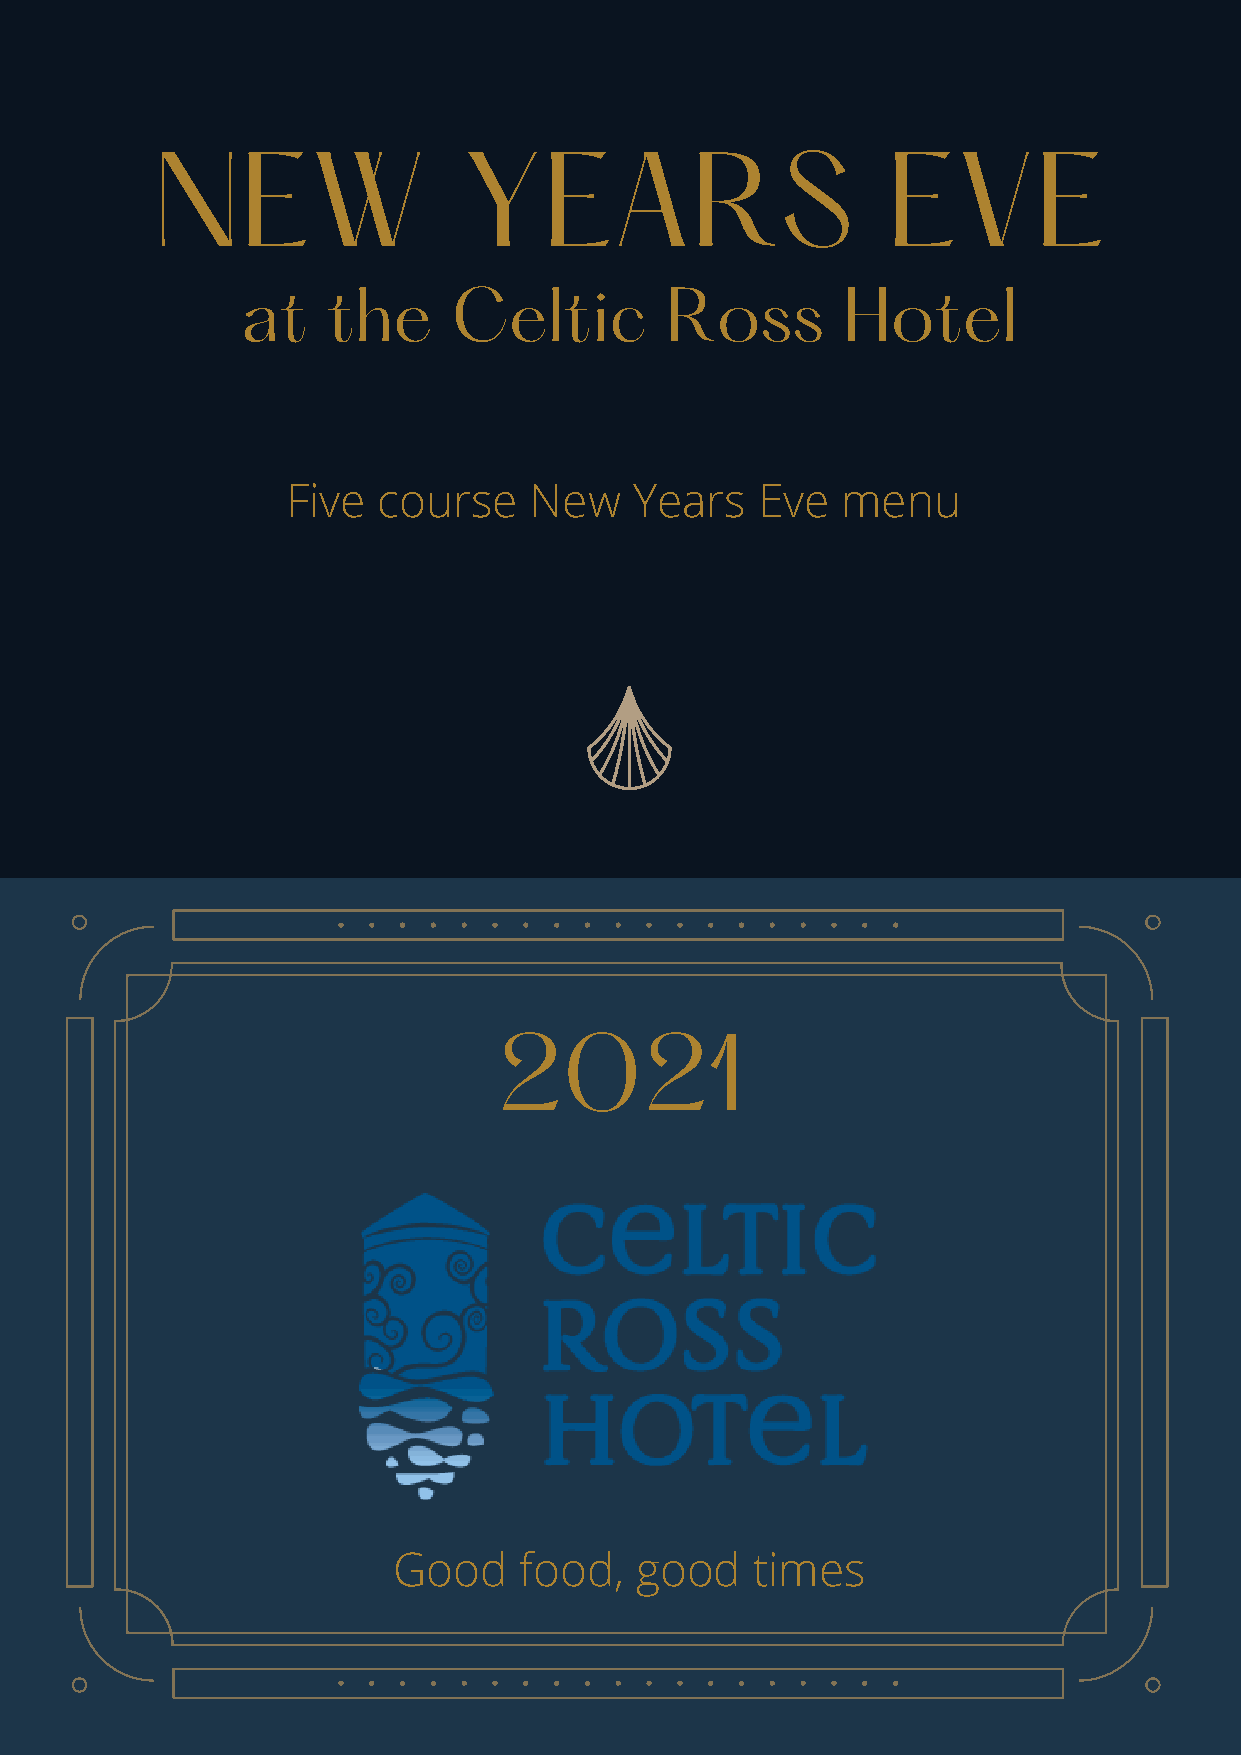
NEW                  YEARS                       EVE
 at    the     Celtic        Ross        Hotel
 Five  course    New    Years   Eve   menu
 2021
 Good    food,   good    times